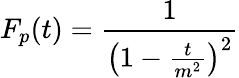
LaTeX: F_{p}(t)=\frac{1}{\left(1-\frac{t}{m^{2}}\right)^{2}}